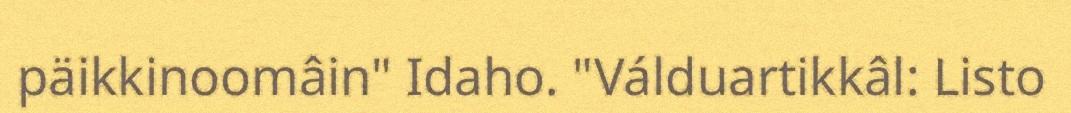
päikkinoomâin" Idaho. "Válduartikkâl: Listo